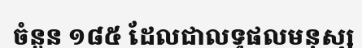
ចំនួន ១៨៥ ដែលជាលទ្ធផលមនុស្ស